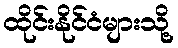
ထိုင်းနိုင်ငံများသို့